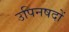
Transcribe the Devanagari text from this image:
उपिनषदों